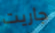
جاريت